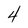
Character: 4